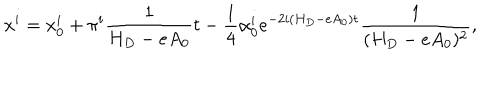
x ^ { i } = x _ { 0 } ^ { i } + \pi ^ { i } \frac 1 { H _ { D } - e A _ { 0 } } t - \frac 1 4 \alpha _ { 0 } ^ { i } e ^ { - 2 i ( H _ { D } - e A _ { 0 } ) t } \frac 1 { ( H _ { D } - e A _ { 0 } ) ^ { 2 } } ,